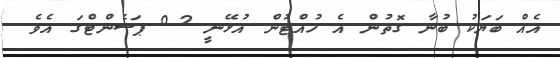
އެއް ބަޔަކު ބުނާ ގޮތުން އެ ހުއްޓުން އުޅޭނީ 0.2 ޕަސެންޓްގަ އެވެ.